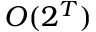
O ( 2 ^ { T } )